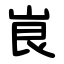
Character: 峎